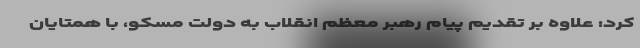
کرد: علاوه بر تقدیم پیام رهبر معظم انقلاب به دولت مسکو، با همتایان